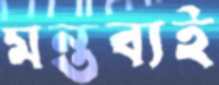
মন্তব্যই